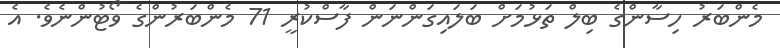
މެންބަރު ހިސާންގެ ބިލް ތަޅުމަށް ބަލައިގަންނަން ފާސްކުރީ 71 މެންބަރުންގެ ވޯޓުންނެވެ. އެ